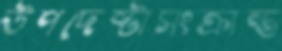
উপদেষ্টাসংক্রান্ত